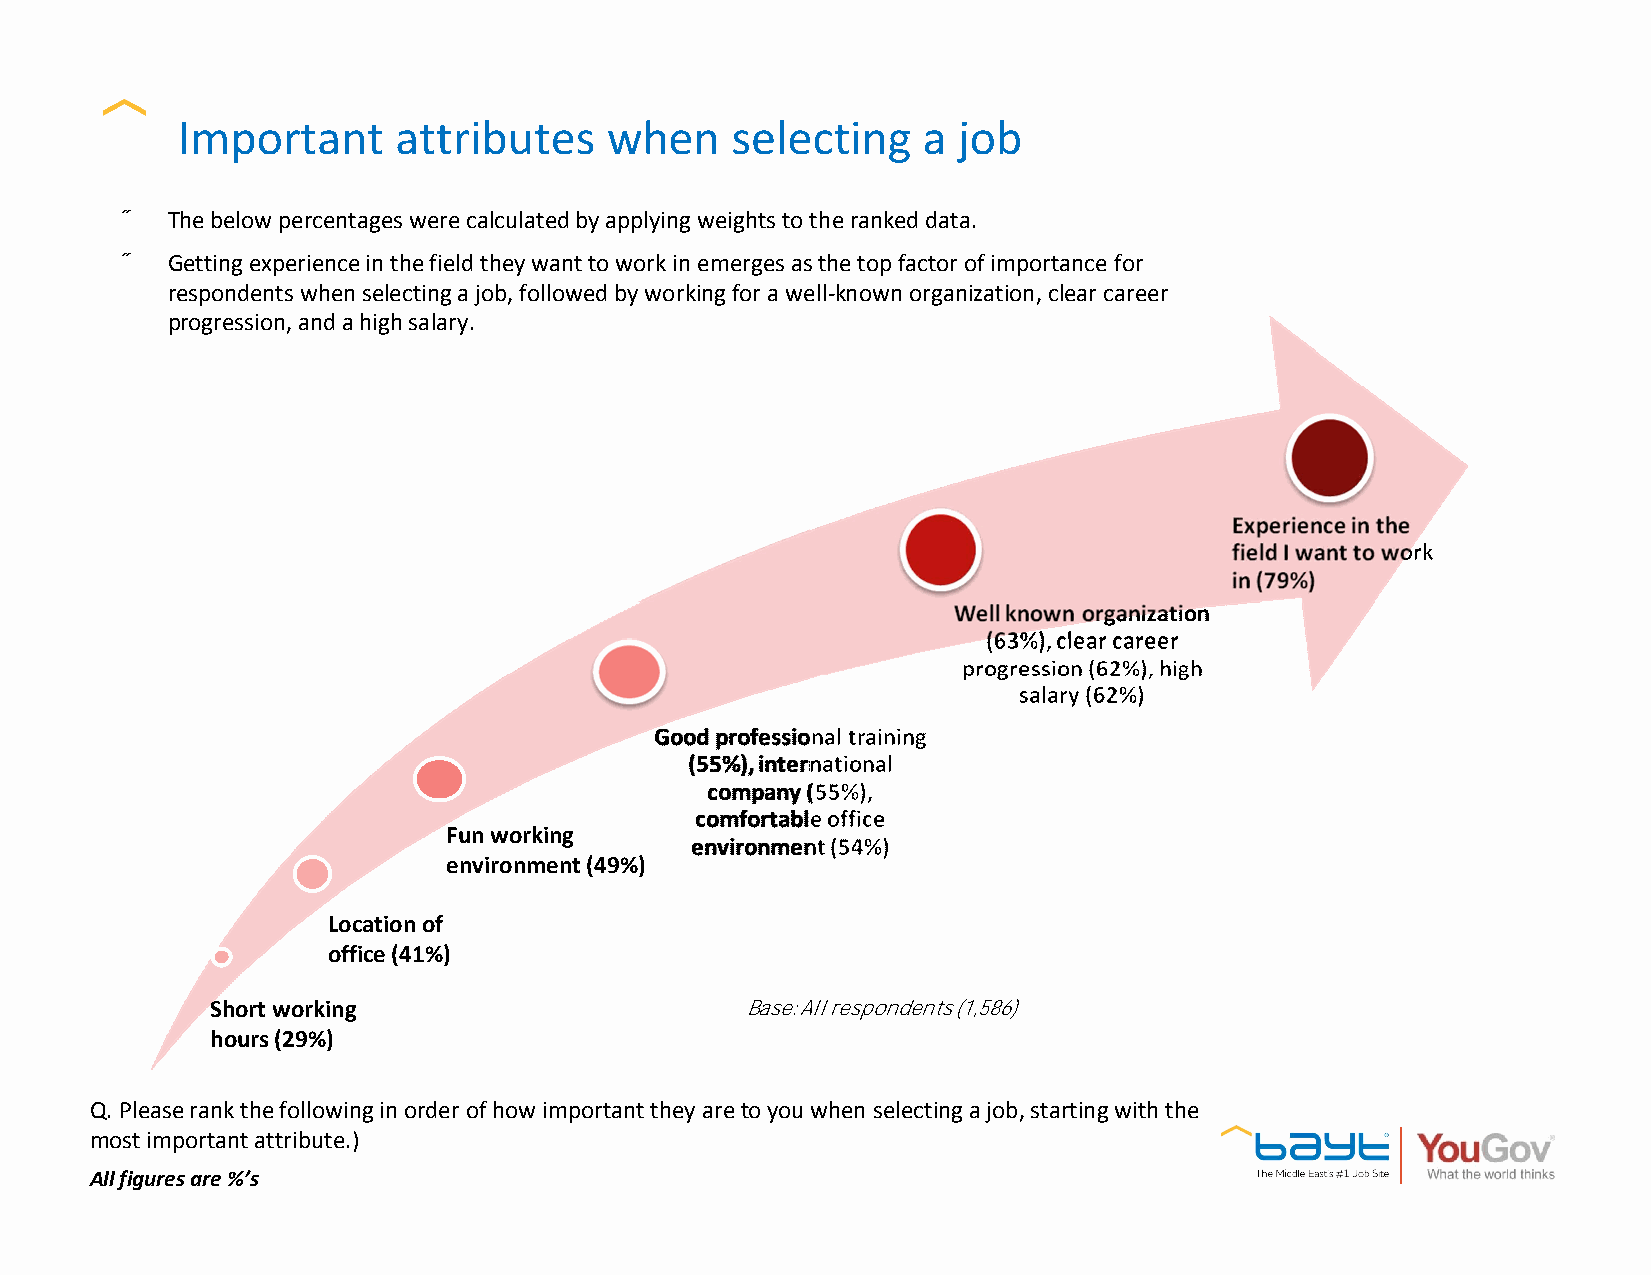
Important     attributes    when    selecting    a job
 •  The below percentages were calculated by applying weights to theranked data.
 •  Getting experience in the field they want to work in emerges as the top factor of importance for
 respondents when selecting a job, followed by working for a well-known organization, clear career
 progression, and a high salary.
 Fun working
 environment (49%)
 Location of
 office (41%)
 Short working                      Base: All respondents (1,586)
 hours (29%)
 Q. Please rank the following in order of how important they are to you when selecting a job, starting with the
 most important attribute.)
 All figures are %’s